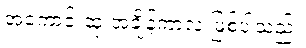
အကောင်းဆုံးအချိန်ကာလ ဖြစ်ပါသည်။